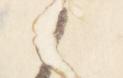
之